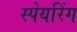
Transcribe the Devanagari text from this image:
स्पेयरिंग